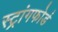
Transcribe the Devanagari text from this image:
स्ट्रांगफोर्ड